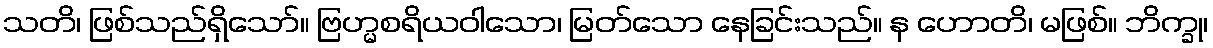
သတိ၊ ဖြစ်သည်ရှိသော်။ ဗြဟ္မစရိယဝါသော၊ မြတ်သော နေခြင်းသည်။ န ဟောတိ၊ မဖြစ်။ ဘိက္ခု၊